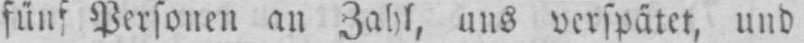
fünf Personen an Zahl, uns verspätet, und